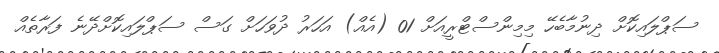
ސަޕްލައިކޮށް ދިނުމާބެހޭ މިމިންސްޓްރީއަށް 01 (އެއް) އަހަރު ދުވަހަށް ގަސް ސަޕްލައިކޮށްދޭނެ ފަރާތެއް